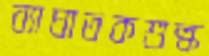
ব্যাঘাতকশুল্ক